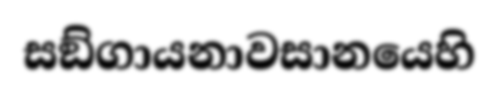
සඞ්ගායනාවසානයෙහි